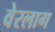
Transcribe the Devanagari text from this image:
वेरलाग